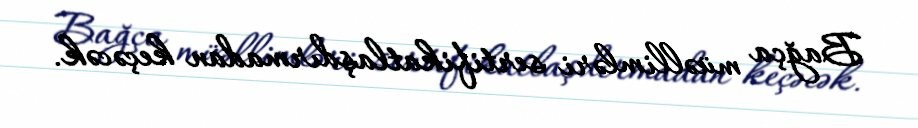
Bağça müəllimləri sertifikatlaşdırmadan keçəcək.